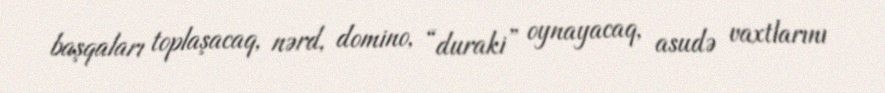
başqaları toplaşacaq, nərd, domino, “duraki” oynayacaq, asudə vaxtlarını